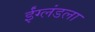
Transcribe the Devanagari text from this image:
ईंग्लंडला